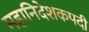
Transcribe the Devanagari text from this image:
महानिदेशकपदी